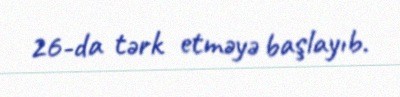
26-da tərk etməyə başlayıb.